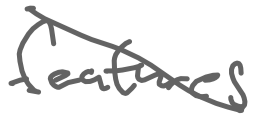
Text: features
Cross-out: diagonal
Writing tool: digital_gray